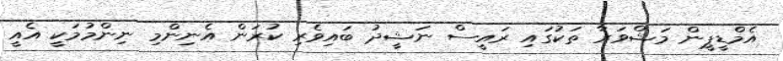
އެމްޑީޕީން މަޝްވަރާ ތަކުގައި ރައީސް ނަޝީދު ބައިވެރި ކުރަން އެނިންމި ނިންމުމަކީ އެއީ